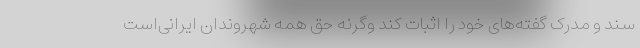
سند و مدرک گفته‌های خود را اثبات کند وگرنه حق همه شهروندان ایرانی‌است